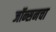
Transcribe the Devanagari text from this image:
जॉन्सनचा